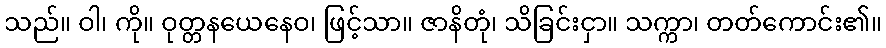
သည်။ ဝါ၊ ကို။ ဝုတ္တနယေနေဝ၊ ဖြင့်သာ။ ဇာနိတုံ၊ သိခြင်းငှာ။ သက္ကာ၊ တတ်ကောင်း၏။